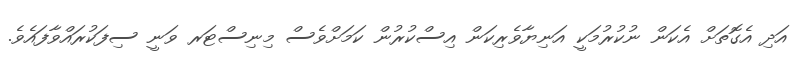
އަދި އެގޮތަށް އެކަން ނުކުރުމަކީ އަނިޔާވެރިކަން އިސްކުރުން ކަމަށްވެސް މިނިސްޓަރ ވަނީ ސިފަކުރައްވާފައެވެ.